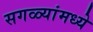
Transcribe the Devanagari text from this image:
सगळ्यांमध्ये